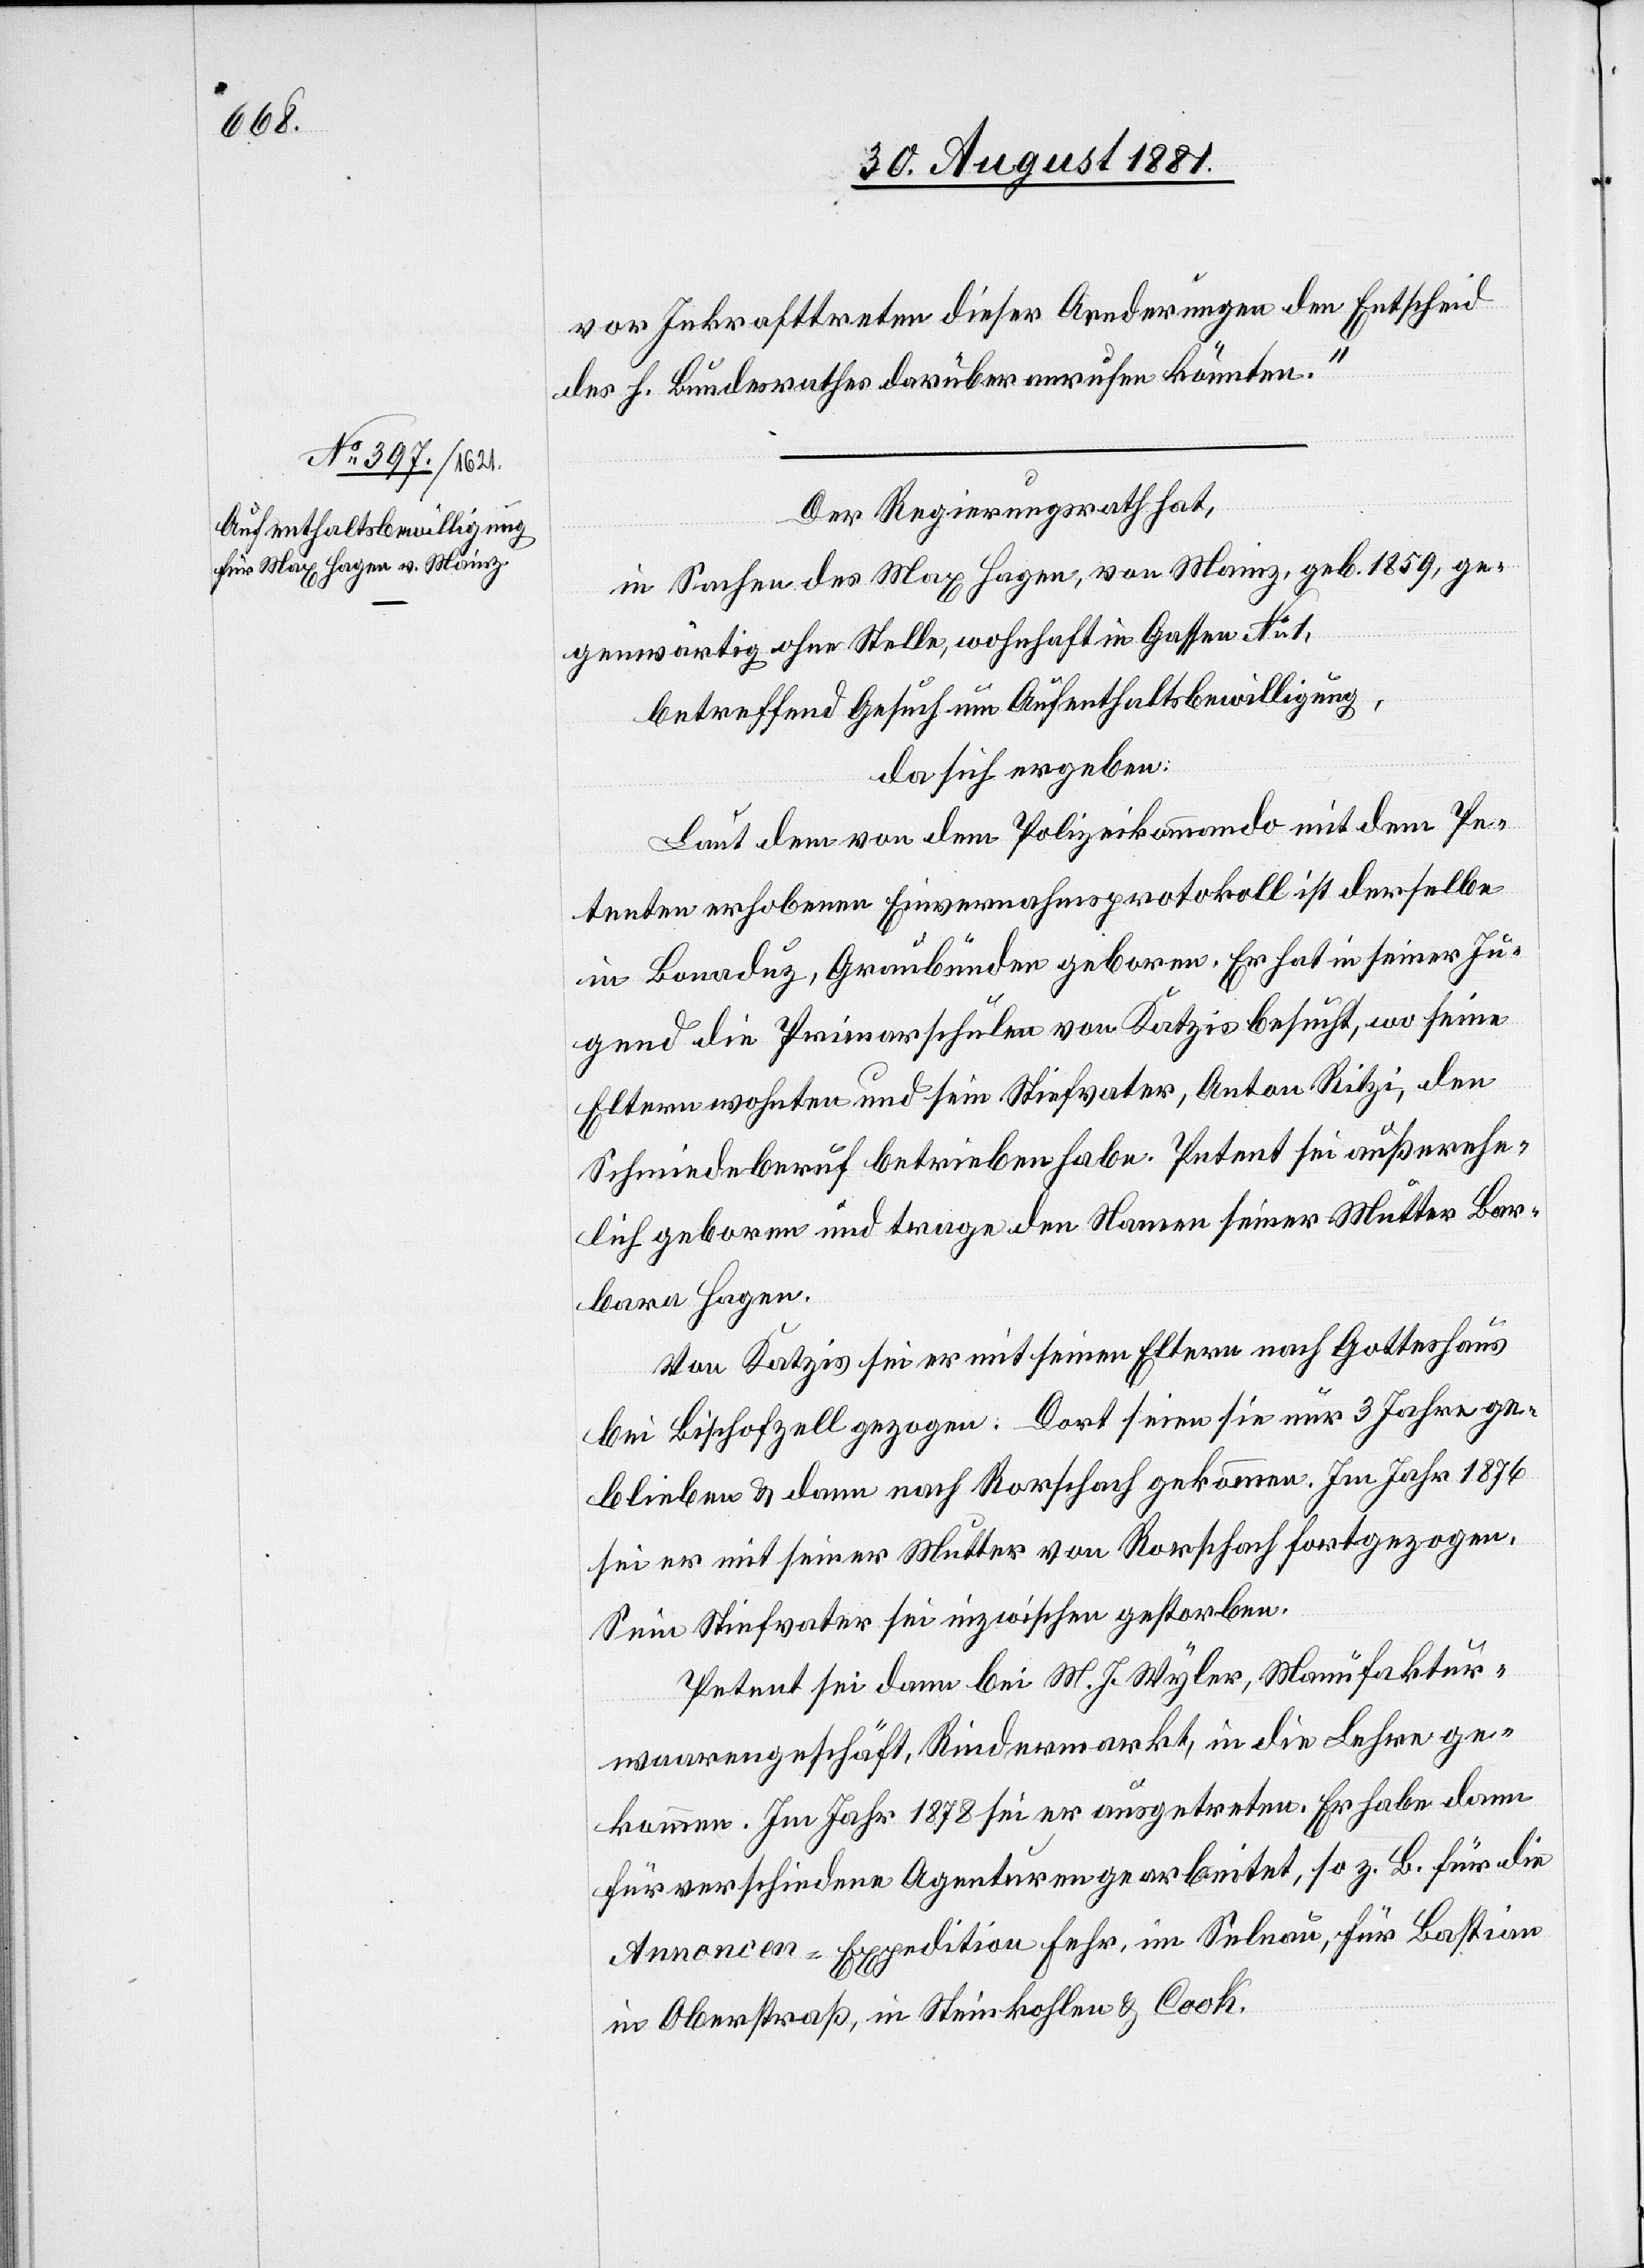
vor Inkrafttreten dieser Aenderungen den Entscheid
des h. Bundesrathes darüber anrufen könnten.“
Der Regierungsrath hat,
in Sachen des Max Hagen, von Mainz, geb. 1859, ge¬
genwärtig ohne Stelle, wohnhaft in Gassen No 1,
betreffend Gesuch um Aufenthaltsbewilligung,
da sich ergeben:
Laut dem von dem Polizeikommando mit dem Pe¬
tenten erhobenen Einvernahmsprotokoll ist derselbe
in Bonaduz, Graubünden geboren. Er hat in seiner Ju¬
gend die Primarschulen von Katzis besucht, wo seine
Eltern wohnten und sein Stiefvater, Anton Ritzi, den
Schmiedeberuf betrieben habe. Petent sei außerehe¬
lich geboren und trage den Namen seiner Mutter Bar¬
bara Hagen.
Von Katzis sei er mit seinen Eltern nach Gotteshaus
bei Bischofzell gezogen. Dort seien sie nur 3 Jahre ge¬
blieben & dann nach Rorschach gekommen. Im Jahr 1876
sei er mit seiner Mutter von Rorschach fortgezogen.
Sein Stiefvater sei inzwischen gestorben.
Petent sei dann bei M. J. Wyler, Manufaktur¬
waarengeschäft, Rindermarkt, in die Lehre ge¬
kommen. Im Jahr 1878 sei er ausgetreten. Er habe dann
für verschiedene Agenturen gearbeitet, so z.B. für die
Annonce-Expedition Fehr, im Selnau, für Bastion
in Oberstraß, in Steinkohlen & Cook.